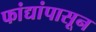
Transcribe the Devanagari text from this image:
फांद्यांपासून